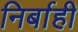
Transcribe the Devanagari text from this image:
निर्बाही